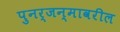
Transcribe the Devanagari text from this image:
पुनर्जन्मावरील